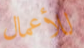
للأعمال